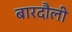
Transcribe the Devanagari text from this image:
बारदौली